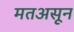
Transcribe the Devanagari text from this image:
मतअसून